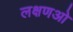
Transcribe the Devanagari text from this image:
लक्षणओ